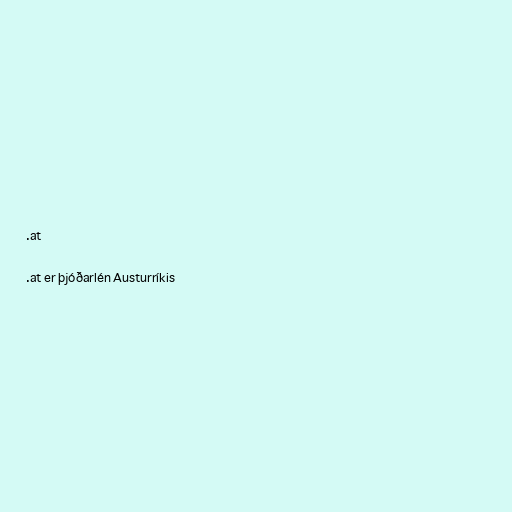
.at

.at er þjóðarlén Austurríkis